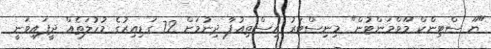
"ޔޫ ސްޓިންކް މޫވްމަންޓުން" މިނިސްޓަރު އިސްތިއުފާ ދިނުމަށް 72 ގަޑިއިރުގެ މުހުލަތެއް ދީފައިވަނީ